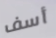
أسف